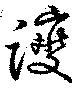
躞